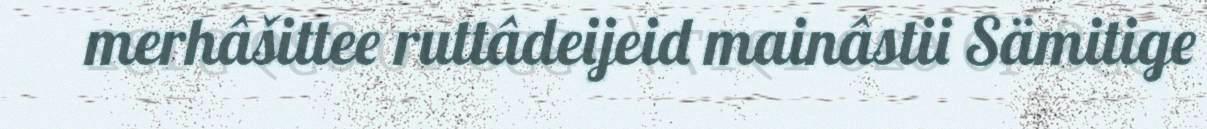
merhâšittee ruttâdeijeid mainâstii Sämitige